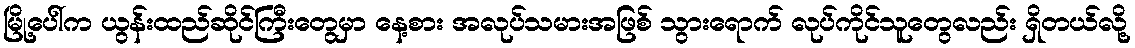
မြို့ပေါ်က ယွန်းထည်ဆိုင်ကြီးတွေမှာ နေ့စား အလုပ်သမားအဖြစ် သွားရောက် လုပ်ကိုင်သူတွေလည်း ရှိတယ်လို့